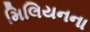
મિલિયનના